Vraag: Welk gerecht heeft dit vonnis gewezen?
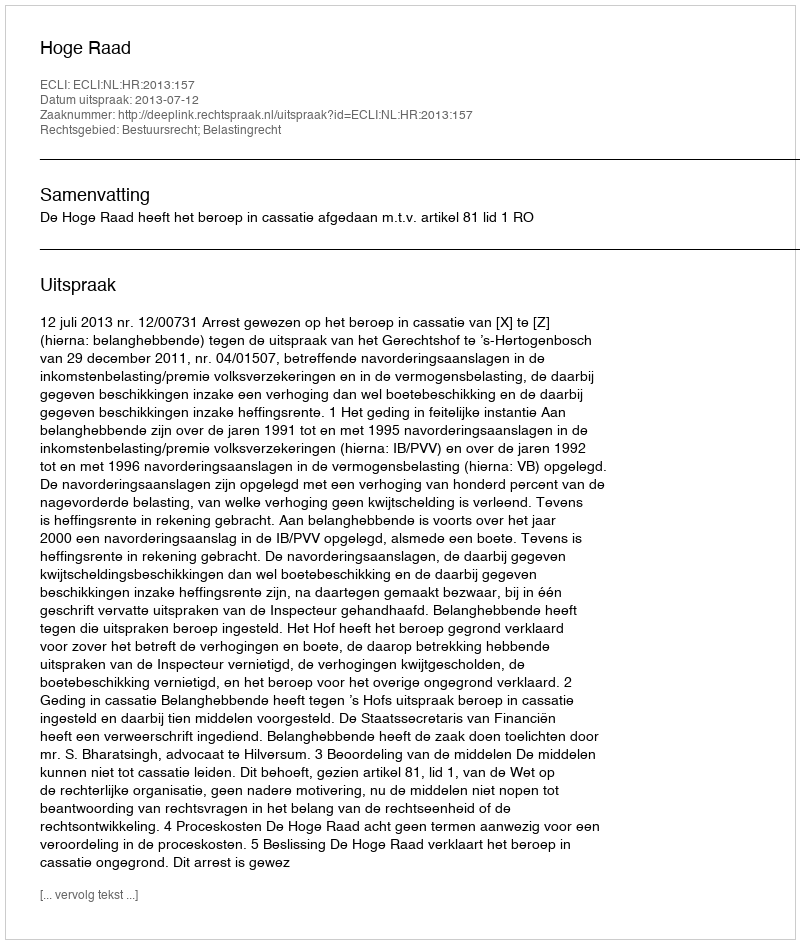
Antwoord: Hoge Raad